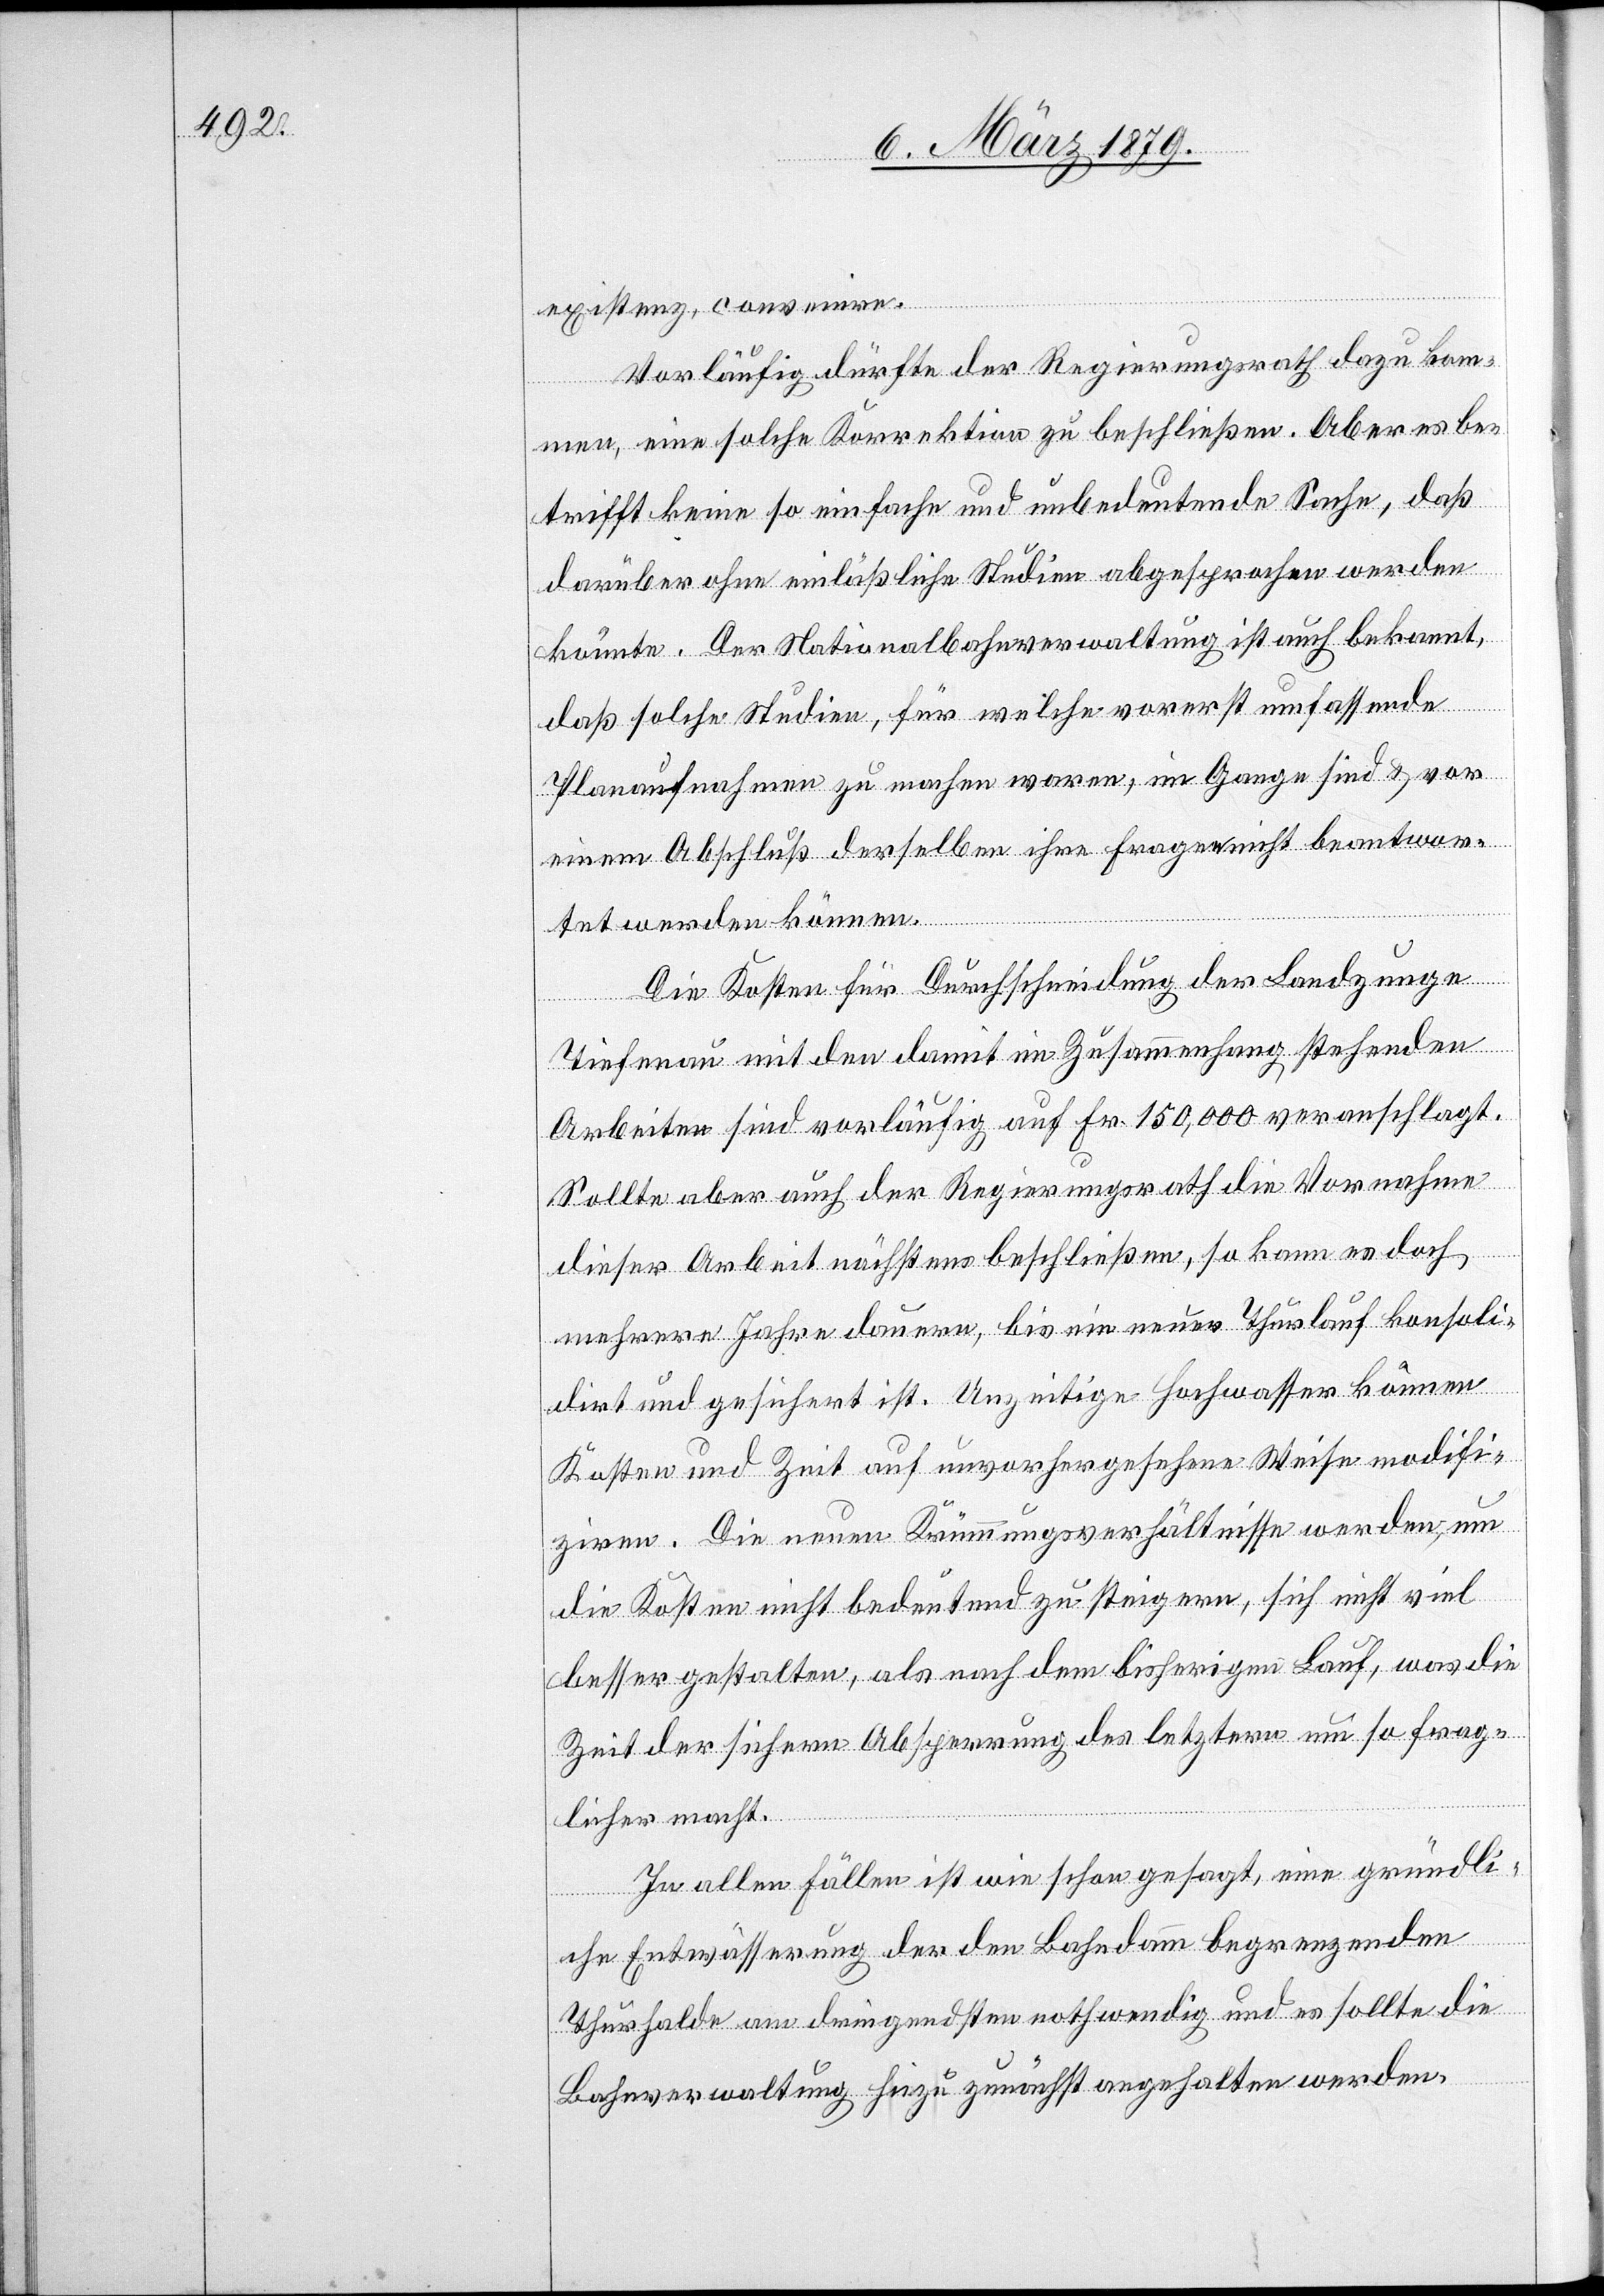
existenz, convenire.
Vorläufig dürfte der Regierungsrath dazu kom¬
men, eine solche Korrektion zu beschließen. Aber es be¬
trifft keine so einfache und unbedeutende Sache, daß
darüber ohne einläßliche Studien abgesprochen werden
könnte. Der Nationalbahnverwaltung ist auch bekannt,
daß solche Studien, für welche vorerst umfassende
Planaufnahmen zu machen waren, im Gange sind & vor
einem Abschluß derselben ihre Fragen nicht beantwor¬
tet werden können.
Die Kosten für Durchschneidung der Landzunge
Tiefenau mit den damit im Zusammenhang stehenden
Arbeiten sind vorläufig auf Fr. 150,000 veranschlagt.
Sollte aber auch der Regierungsrath die Vornahme
dieser Arbeit nächstens beschließen, so kann es doch
mehrere Jahre dauern, bis ein neuer Thurlauf konsoli¬
dirt und gesichert ist. Unzeitige Hochwasser können
Kosten und Zeit auf unvorhergesehene Weise modifi¬
ziren. Die neuen Krümmungsverhältnisse werden, um
die Kosten nicht bedeutend zu steigern, sich nicht viel
besser gestalten, als nach dem bisherigen Lauf, was die
Zeit der sichern Absperrung der letztern um so frag¬
licher macht.
In allen Fällen ist wie schon gesagt, eine gründli¬
che Entwässerung der den Bahndamm begrenzenden
Thurhalde am dringendsten nothwendig und es sollte die
Bahnverwaltung hiezu zunächst angehalten werden.